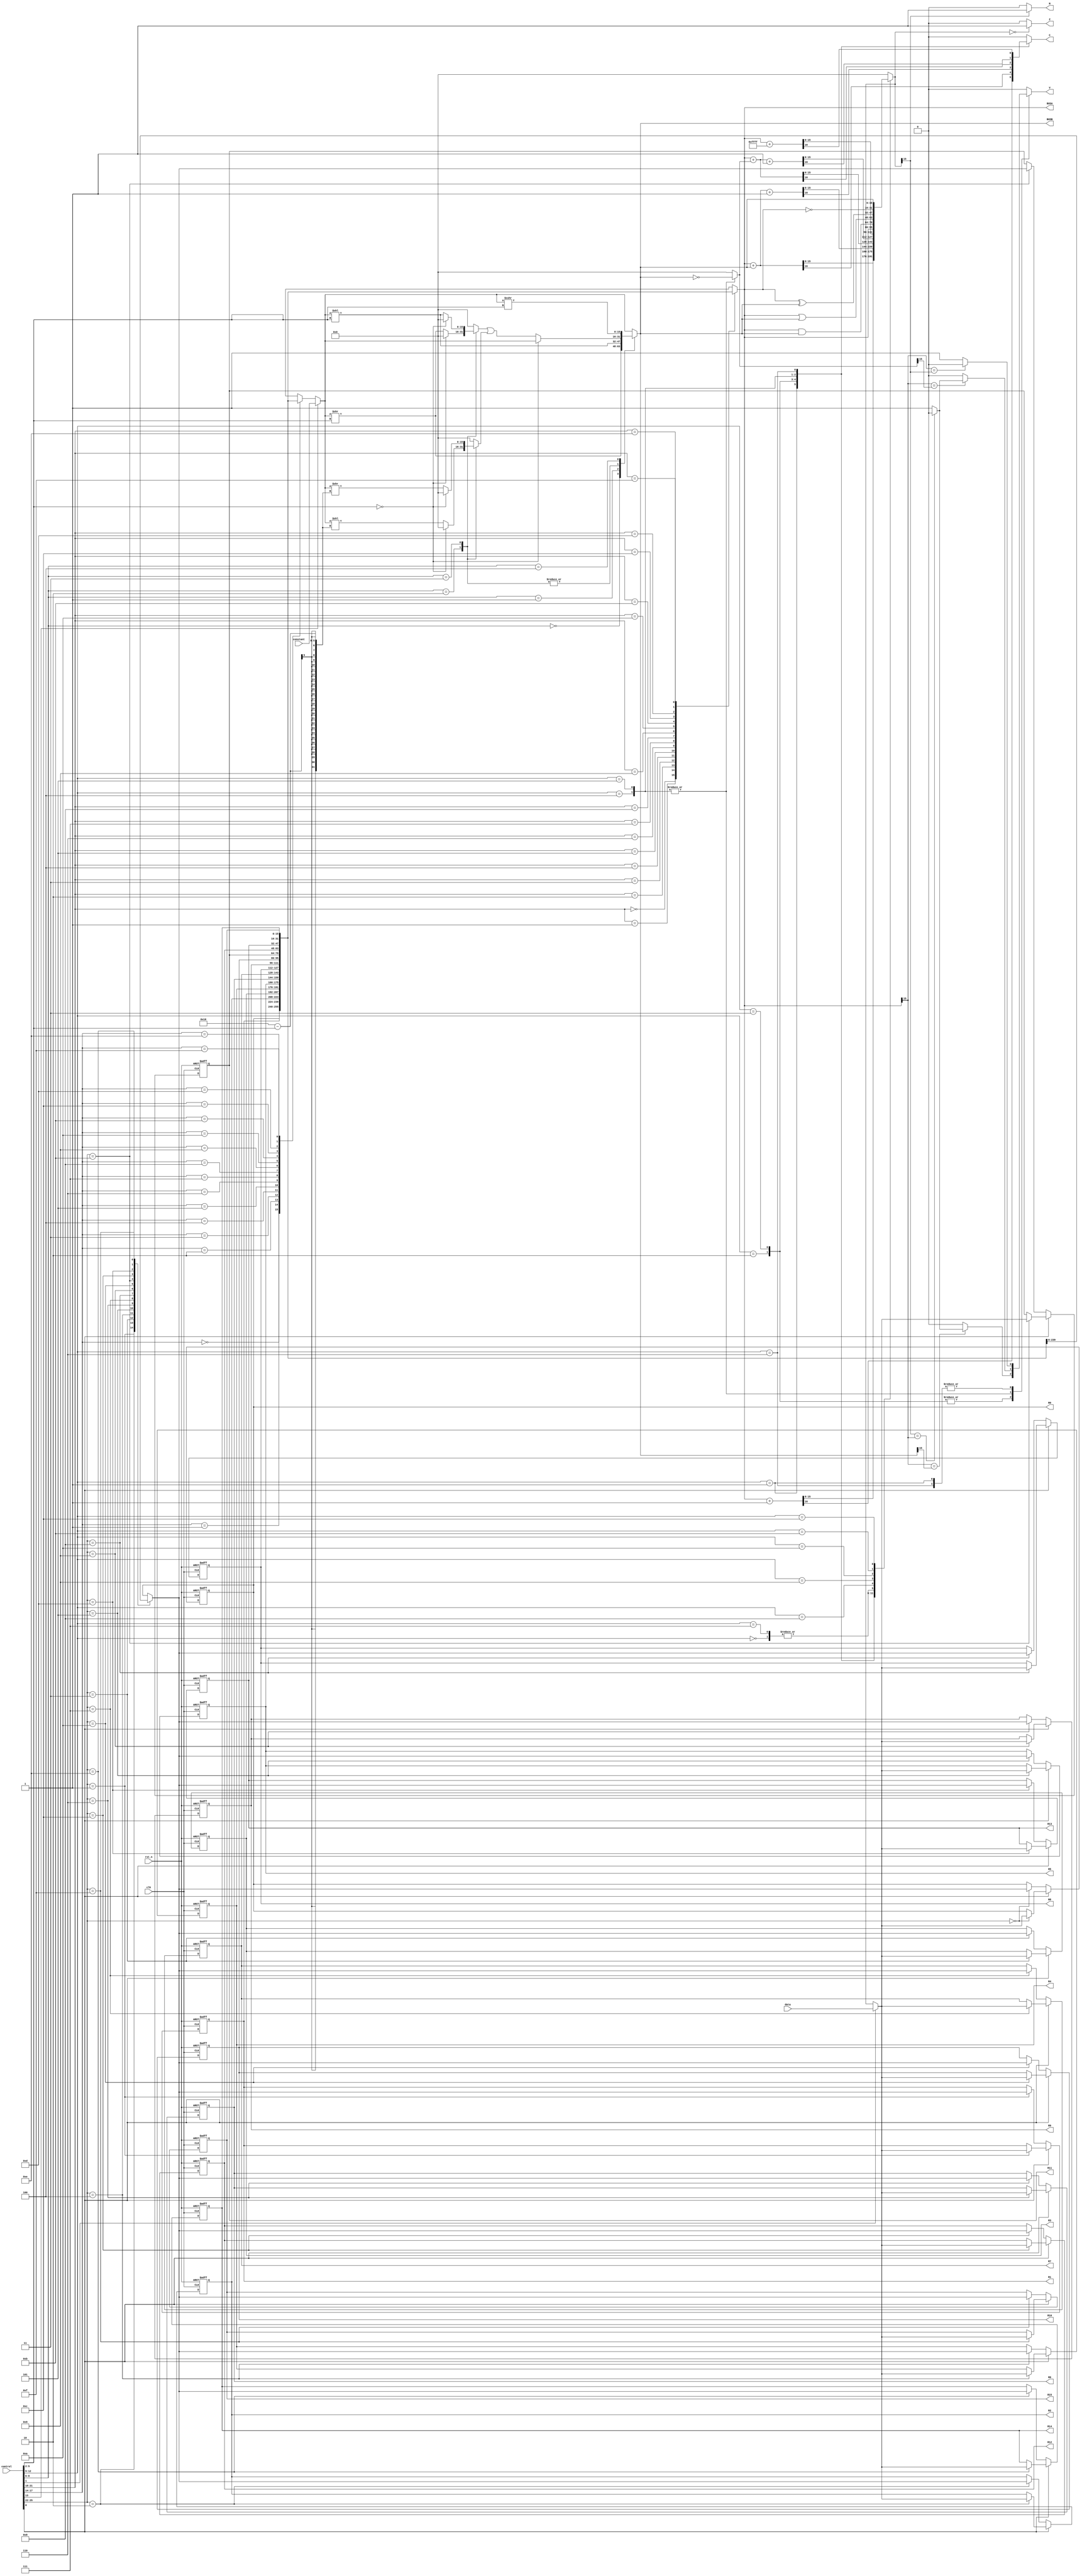
//-----------------------------------------------------
// Design Name : datapath
// Function : This program designs an One-Pulse Generator.
// Coder    : hydai
//-----------------------------------------------------
module datapath (
				output reg V,
				output reg C,
				output reg N,
				output reg Z,
				output [15:0] R0,
				output [15:0] R1,
				output [15:0] R2,
				output [15:0] R3,
				output [15:0] R4,
				output [15:0] R5,
				output [15:0] R6,
				output [15:0] R7,
				output [15:0] R8,
				output [15:0] R9,
				output [15:0] R10,
				output [15:0] R11,
				output [15:0] R12,
				output [15:0] R13,
				output [15:0] R14,
				output [15:0] R15,
				output reg [15:0] BUSA,
				output reg [15:0] BUSB,
				input [25:0] control,
				input [15:0] constant,
				input [15:0] data,
				input clk,
				input rst_n
			 );
			 
reg [15:0] R [0:15];
reg [15:0] BUSD;
wire [3:0] DA, AA, BA, FS, SA;
wire [2:0] SS;
wire MB, MD, RW;
reg [15:0] MUXB, FUResult;
reg [15:0] tmp16bit, tmp16bit1, tmp16bit2;
// get all signal
assign {DA, AA, BA, MB, FS, SS, SA, MD, RW} = control;
assign R0 = R[0];
assign R1 = R[1];
assign R2 = R[2];
assign R3 = R[3];
assign R4 = R[4];
assign R5 = R[5];
assign R6 = R[6];
assign R7 = R[7];
assign R8 = R[8];
assign R9 = R[9];
assign R10 = R[10];
assign R11 = R[11];
assign R12 = R[12];
assign R13 = R[13];
assign R14 = R[14];
assign R15 = R[15];

// Register files
always @(posedge clk or negedge rst_n) begin
	if (!rst_n) begin
		R[0] <= 0;
		R[1] <= 0;
		R[2] <= 0;
		R[3] <= 0;
		R[4] <= 0;
		R[5] <= 0;
		R[6] <= 0;
		R[7] <= 0;
		R[8] <= 0;
		R[9] <= 0;
		R[10] <= 0;
		R[11] <= 0;
		R[12] <= 0;
		R[13] <= 0;
		R[14] <= 0;
		R[15] <= 0;
	end else begin
		if (RW) begin
			R[DA] <= BUSD;
		end else begin
			R[DA] <= R[DA];
		end
	end // end of if-else block
end // end of always

// MUX B
always @(*) begin
	if (MB) begin
		MUXB <= constant;
	end else begin
		MUXB <= R[BA];
	end
end

// BUS A
always @(*) begin
	BUSA <= R[AA];
end

// MUX D
always @(*) begin
	if (MD) begin
		BUSD <= data;
	end else begin
		BUSD <= FUResult;
	end
end

// Barrel shifter
always @(*) begin
	tmp16bit <= 0;
	tmp16bit1 <= 0;
	case(SS)
		// B >> (SA) bits
		3'b000: begin
			BUSB <= MUXB >> SA;
		end
		// B << (SA) bits
		3'b001: begin
			BUSB <= MUXB << SA;
		end
		// B right rotating by (SA) bits
		3'b010: begin
			if (SA == 0) begin
				BUSB <= MUXB;
			end else begin
				tmp16bit <= MUXB >> SA;
				tmp16bit1 <= MUXB << (16 - SA);
				BUSB <= tmp16bit | tmp16bit1;
			end
		end
		// B left rotating by (SA) bits
		3'b011: begin
			if (SA == 0) begin
				BUSB <= MUXB;
			end else begin
				tmp16bit <= MUXB << SA;
				tmp16bit1 <= MUXB >> (16 - SA);
				BUSB <= tmp16bit | tmp16bit1;
			end
		end
		// B arithmetic-right-shift by (SA) bits
		3'b100: begin
			BUSB <= $signed(MUXB) >>> SA;
		end
		// Other cases
		default: begin
			BUSB <= MUXB;
		end
	endcase
end

// Function Unit
always @(*) begin
	C <= 0;
	V <= 0;
	tmp16bit2 <= 0;
	case (FS)
		// F <- A
		4'b0000: begin
			FUResult <= BUSA;
		end
		// F <- A+1
		4'b0001: begin
			{C, FUResult} <= BUSA + 1'b1;
			if (BUSA[15] == FUResult[15]) begin
				V <= 0;
			end else begin
				V <= 1;
			end
		end
		// F <- A+B
		4'b0010: begin
			{C, FUResult} <= BUSA + BUSB;
			if (BUSA[15] == BUSB[15]) begin
				if (FUResult[15] == BUSA[15]) begin
					V <= 0;
				end else begin
					V <= 1;
				end
			end else begin
				V <= 0;
			end
		end
		// F <- A+B+1
		4'b0011: begin
			{C, FUResult} <= BUSA + BUSB + 2'b01;
			if (BUSA[15] == BUSB[15]) begin
				if (FUResult[15] == BUSA[15]) begin
					V <= 0;
				end else begin
					V <= 1;
				end
			end else begin
				V <= 0;
			end
		end
		// F <= A + ~B
		4'b0100: begin
			tmp16bit2 <= ~BUSB;
			{C, FUResult} <= BUSA + tmp16bit2;
			if (BUSA[15] == tmp16bit2[15]) begin
				if (FUResult[15] == BUSA[15]) begin
					V <= 0;
				end else begin
					V <= 1;
				end
			end else begin
				V <= 0;
			end
		end
		// F <= A + !B + 1
		4'b0101: begin
			tmp16bit2 <= ~BUSB;
			{C, FUResult} <= BUSA + tmp16bit2 + 2'b01;
			if (BUSA[15] == tmp16bit2[15]) begin
				if (FUResult[15] == BUSA[15]) begin
					V <= 0;
				end else begin
					V <= 1;
				end
			end else begin
				V <= 0;
			end
		end
		// F <= A - 1
		4'b0110: begin
			{C, FUResult} <= BUSA + 16'hffff;
			if (BUSA[15] == FUResult[15]) begin
				V <= 0;
			end else begin
				V <= 1;
			end
		end
		// F <= A
		4'b0111: begin
			FUResult <= BUSA;
		end
		// F <= A AND B
		4'b1000: begin
			FUResult <= BUSA & BUSB;
		end
		// F <= A OR B
		4'b1001: begin
			FUResult <= BUSA | BUSB;
		end
		// F <= A XOR B
		4'b1010: begin
			FUResult <= BUSA ^ BUSB;
		end
		// F <= !A
		4'b1011: begin
			FUResult <= ~BUSA;
		end
		4'b1100: begin
			FUResult <= BUSB;
		end
		default: begin
			FUResult <= 0;
		end
	endcase
end

// Detect Negtive
always @(*) begin
	if (FUResult[15] == 1) begin
		N <= 1;
	end else begin
		N <= 0;
	end
end
// Detect Zero
always @(*) begin
	if (FUResult == 0) begin
		Z <= 1;
	end else begin
		Z <= 0;
	end
end

endmodule // endmodule of datapath